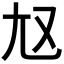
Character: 𡯉